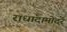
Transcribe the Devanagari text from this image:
राधादामोदर